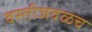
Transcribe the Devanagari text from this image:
वस्तीजवळच